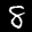
Label: 8